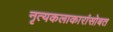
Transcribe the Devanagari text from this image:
नृत्यकलाकारांसोबत